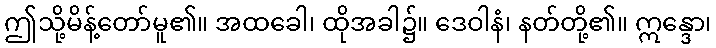
ဤသို့မိန့်တော်မူ၏။ အထခေါ၊ ထိုအခါ၌။ ဒေဝါနံ၊ နတ်တို့၏။ ဣန္ဒော၊